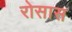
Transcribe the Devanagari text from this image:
रोसास